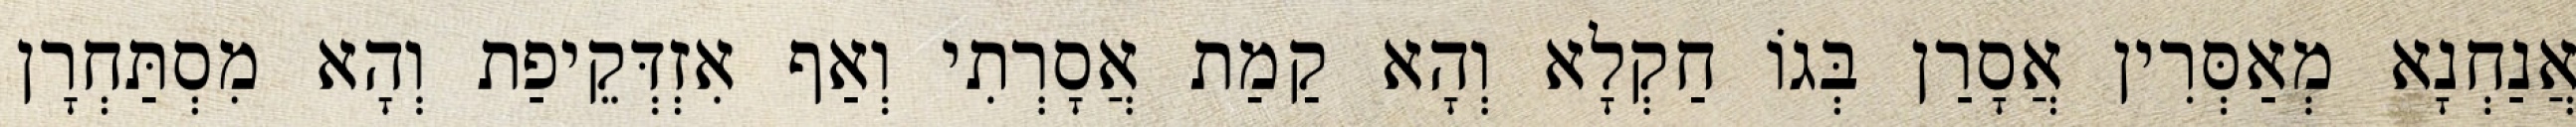
אֲנַחְנָא מְאַסְּרִין אֲסָרַן בְּגוֹ חַקְלָא וְהָא קַמַת אֲסָרְתִי וְאַף אִזְדְּקֵיפַת וְהָא מִסְתַּחְרָן